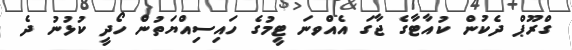
ގްރޫޕް ދެކުން ކުއާޓާގެ ޖާާގަ އެއްވނަ ޓީމުގެ ހައިސިއްޔަތުން ހޯދީ ކުޅުނު ދެ